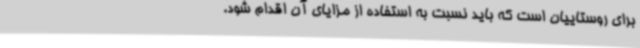
برای روستاییان است که باید نسبت به استفاده از مزایای آن اقدام شود.